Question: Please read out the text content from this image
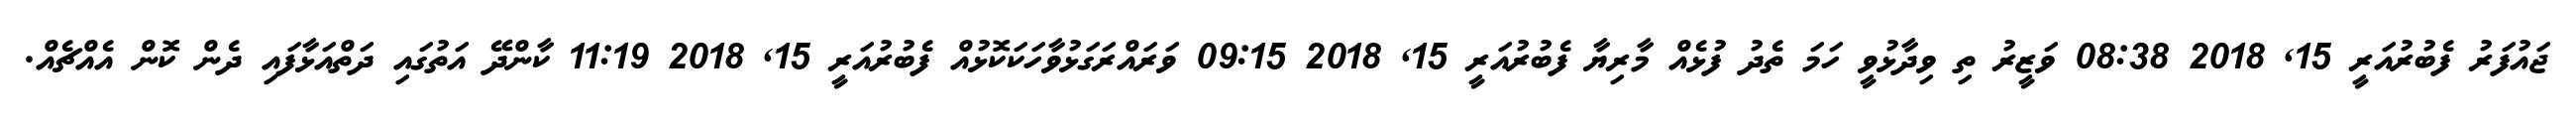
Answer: ޖައުފަރު ފެބުރުއަރީ 15, 2018 08:38 ވަޒީރު ތި ވިދާޅުވީ ހަމަ ތެދު ފުޅެއް މާރިޔާ ފެބުރުއަރީ 15, 2018 09:15 ވަރައްރަގަޅުވާހަކަކޮޅުއް ފެބުރުއަރީ 15, 2018 11:19 ކާންދޭ އަތުގައި ދަތްއަޅާފައި ދެން ކޮން އެއްޗެއް.